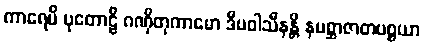
ကာရေမိ ပုတောဠိ ဂဏှိတုကာမော ဒီပဝါသီနန္တိ နပစ္ဆာဇာတပစ္စယာ